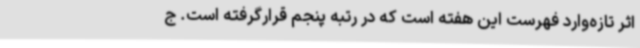
اثر تازه‌وارد فهرست این هفته است که در رتبه پنجم قرارگرفته است. ج